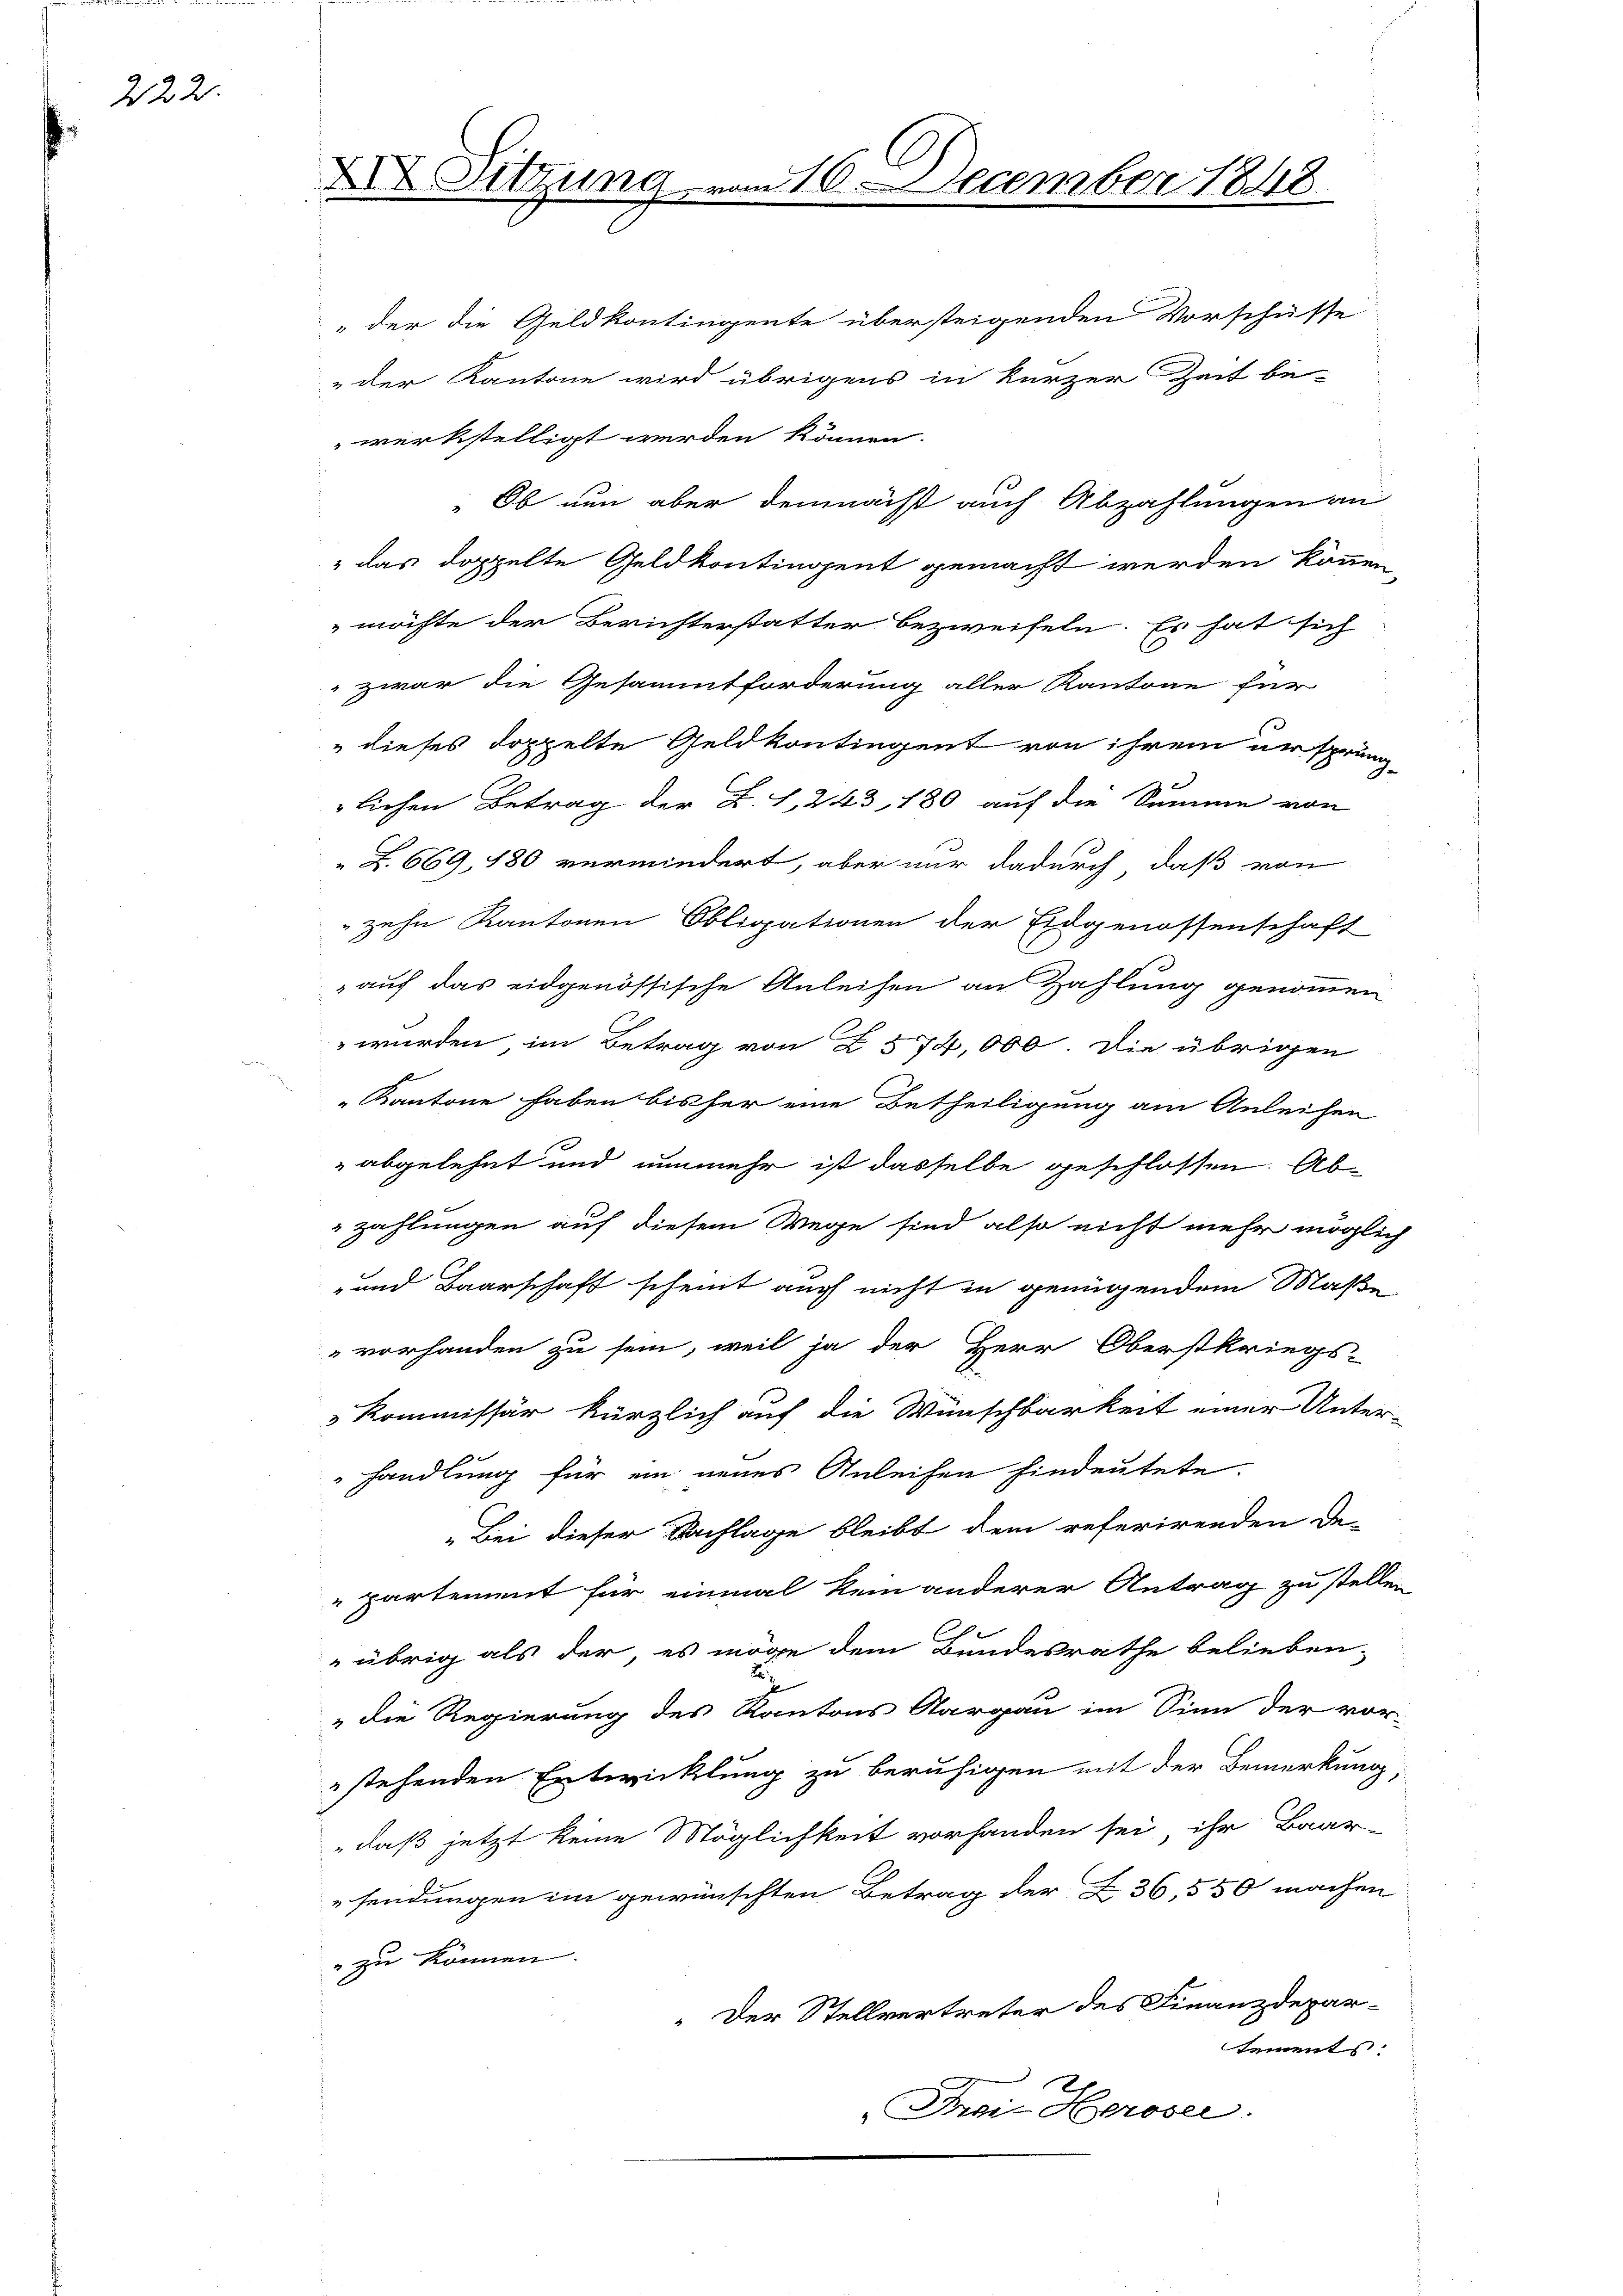
222.

XIX. Sitzung

vom 10. December 1848.

„der die Geldkontingente übersteigenden Vorschüsse
 der Kantone wird übrigens in kurzer Zeit be-
werkstelligt werden können.
"Ob nun aber demnächst auch Abzahlungen an
 das doppelte Geldkontingent gemacht werden können,
möchte der Berichterstatter bezweifeln. Es hat sich
zwar die Gesammtforderung aller Kantone für
" dieses doppelte Geldkontingent von ihrem ursprung-
lichen Betrag der L. S. 243, 180 auf die Summe von
 Z. 669, 180 vermindert, aber nur dadurch daß von
 zehn Kantonen Obligationen der Eidgenossenschaft
auf das eidgenössische Anleihen an Zahlung genommen
 wurden im Betrag von Z. 574,000. Die übrigen
Kantone haben bisher eine Betheiligung am Anleihen
 abgelehnt und nunmehr ist dasselbe geschlossen. Ab-
zahlungen auf diesem Wege sind also nicht mehr möglich
und Baarschaft scheint auch nicht in genügendem Maße
vorhanden zu sein, weil ja der Herr Oberstkriegs-
Kommissär kürzlich auf die Wünschbarkeit einer Unter-
handlung für ein neues Anleihen hindeutete.
„Bei dieser Nachlage bleibt dem referirenden De-
partement für einmal kein anderer Antrag zu stellen
 übrig als der, es möge dem Bundesrathe belieben-
„die Regierung des Kantons Aargau im Sinn der vor-
stehenden Entwicklung zu beruhigen mit der Bemerkung,
daß jetzt keine Möglichkeit vorhanden sei, ihr Baar-
sendungen im gewünschten Betrag der 36,550 machen
 zu können.
" Der Stellvertreter des Finanzdepar-
sements
Frei Heroser.